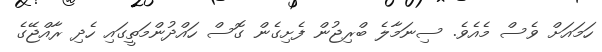
ހަމައަށް ވެސް މެއެވެ. ސިނަމާލެ ބްރިޖުން ފެށިގެން ގޮސް ހައްދުންމަތީގައި ހެދި ރާއްޖޭގެ